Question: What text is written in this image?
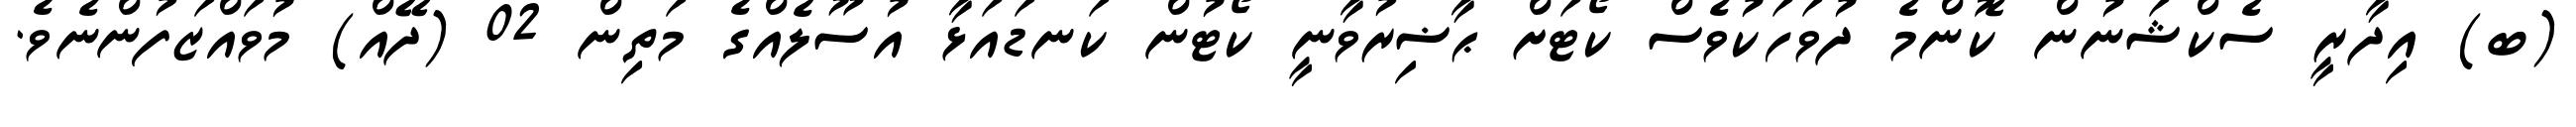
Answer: (ބ) އިދާރީ ސެކްޝަނުން ކޮންމެ ދުވަހަކުވެސް ކޯޓަށް ޙާޟިރުވާނީ ކޯޓުން ކަނޑައަޅާ އުސޫލެއްގެ މަތިން 02 (ދޭއް) މުވައްޒަފުންނެވެ.